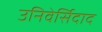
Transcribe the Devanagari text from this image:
उनिवेर्सिदाद